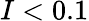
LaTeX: I<0.1